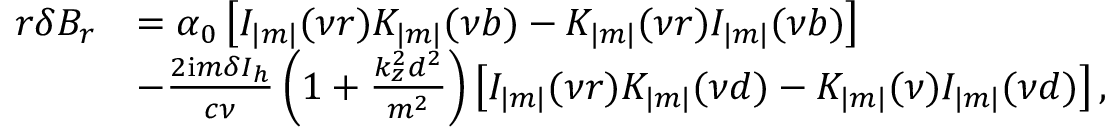
\begin{array} { r } { \begin{array} { r l } { r \delta B _ { r } } & { = \alpha _ { 0 } \left[ I _ { | m | } ( \nu r ) K _ { | m | } ( \nu b ) - K _ { | m | } ( \nu r ) I _ { | m | } ( \nu b ) \right] } \\ & { - \frac { 2 \mathrm { i } m \delta I _ { h } } { c \nu } \left( 1 + \frac { k _ { z } ^ { 2 } d ^ { 2 } } { m ^ { 2 } } \right) \left[ I _ { | m | } ( \nu r ) K _ { | m | } ( \nu d ) - K _ { | m | } ( \nu ) I _ { | m | } ( \nu d ) \right] , } \end{array} } \end{array}